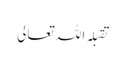
تقبلہ اللہ تعالی